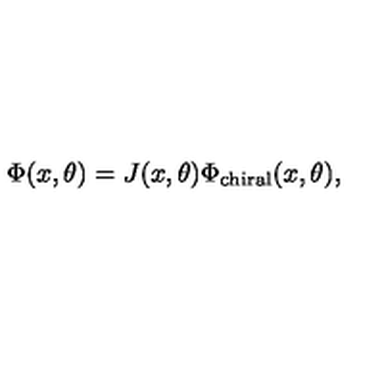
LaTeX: \Phi ( x , \theta ) = J ( x , \theta ) \Phi _ { \mathrm { c h i r a l } } ( x , \theta ) ,